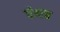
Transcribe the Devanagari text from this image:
पंथच